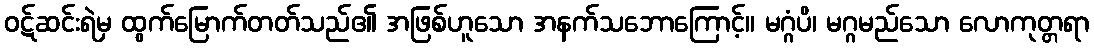
ဝဋ်ဆင်းရဲမှ ထွက်မြောက်တတ်သည်၏ အဖြစ်ဟူသော အနက်သဘောကြောင့်။ မဂ္ဂံပိ၊ မဂ္ဂမည်သော လောကုတ္တရာ